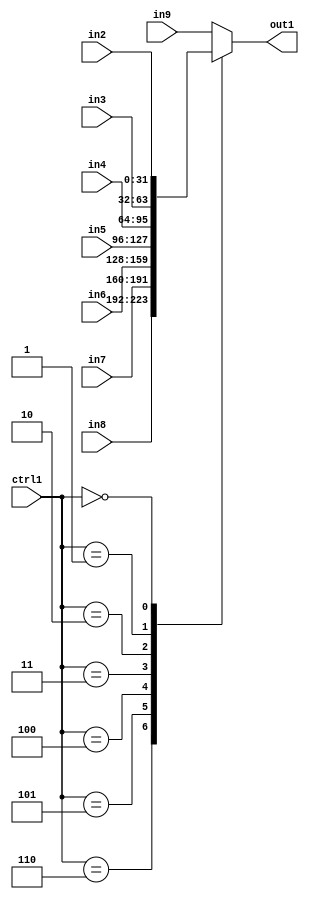
`timescale 1ps / 1ps
/*****************************************************************************
    Verilog RTL Description
    
    
    Created by: Stratus DpOpt 2019.1.01 
*******************************************************************************/

module dut_N_Mux_32_8_0_4 (
	in9,
	in8,
	in7,
	in6,
	in5,
	in4,
	in3,
	in2,
	ctrl1,
	out1
	); /* architecture "behavioural" */ 
input [31:0] in9,
	in8,
	in7,
	in6,
	in5,
	in4,
	in3,
	in2;
input [2:0] ctrl1;
output [31:0] out1;
wire [31:0] asc001;

reg [31:0] asc001_tmp_0;
assign asc001 = asc001_tmp_0;
always @ (ctrl1 or in8 or in7 or in6 or in5 or in4 or in3 or in2 or in9) begin
	case (ctrl1)
		3'B110 : asc001_tmp_0 = in8 ;
		3'B101 : asc001_tmp_0 = in7 ;
		3'B100 : asc001_tmp_0 = in6 ;
		3'B011 : asc001_tmp_0 = in5 ;
		3'B010 : asc001_tmp_0 = in4 ;
		3'B001 : asc001_tmp_0 = in3 ;
		3'B000 : asc001_tmp_0 = in2 ;
		default : asc001_tmp_0 = in9 ;
	endcase
end

assign out1 = asc001;
endmodule

/* CADENCE  vbPxTAs= : u9/ySgnWtBlWxVPRXgAZ4Og= ** DO NOT EDIT THIS LINE ******/